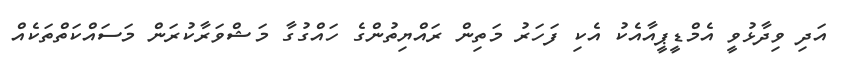
އަދި ވިދާޅުވީ އެމްޑީޕީއާއެކު އެކި ފަހަރު މަތިން ރައްޔިތުންގެ ހައްގުގާ މަޝްވަރާކުރަން މަސައްކަތްތަކެއް